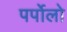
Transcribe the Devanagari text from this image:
पर्पोलो